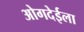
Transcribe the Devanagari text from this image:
ओगदेईला